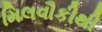
મિલવૌકીથી